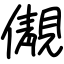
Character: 儬